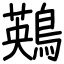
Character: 鶧